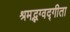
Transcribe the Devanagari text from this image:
श्रमद्भग्वद्गीता